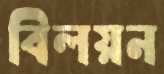
বিলয়ন